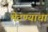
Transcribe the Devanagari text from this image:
भेटण्याचा